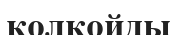
қолқойды